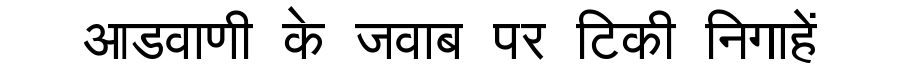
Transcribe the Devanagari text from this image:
आडवाणी के जवाब पर टिकी निगाहें